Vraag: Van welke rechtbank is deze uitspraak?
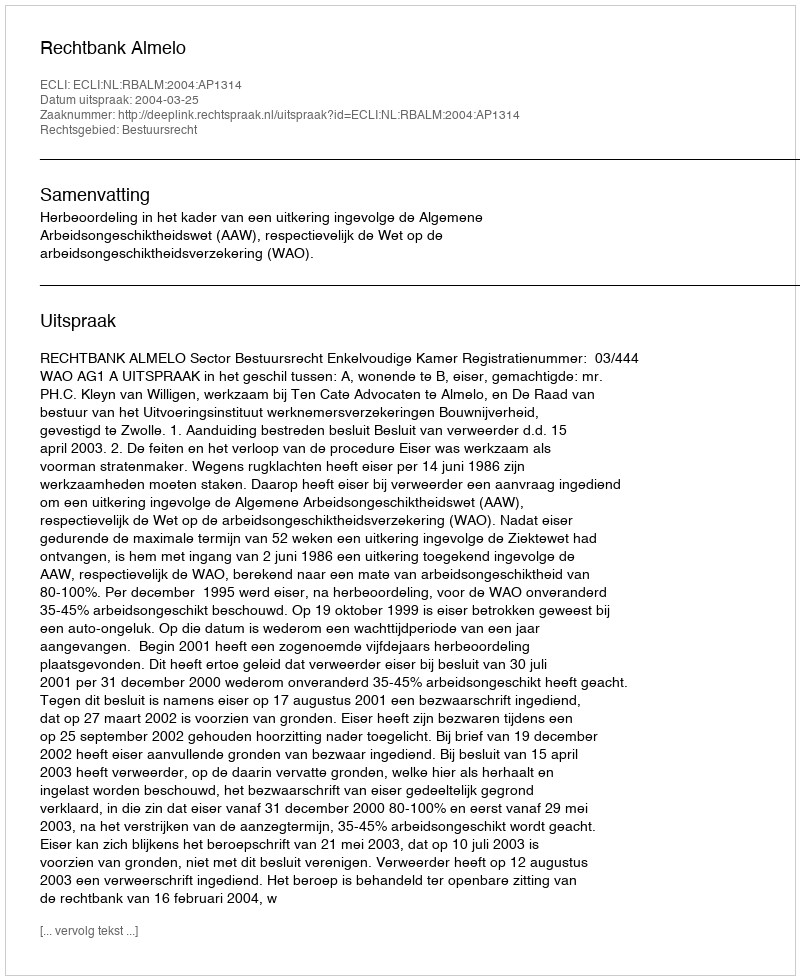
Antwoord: Rechtbank Almelo